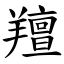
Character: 羶